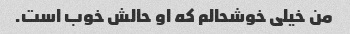
من خیلی خوشحالم که او حالش خوب است.